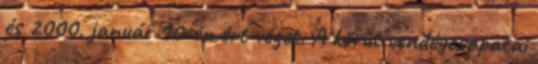
és 2000. január 10-én ért véget. A körút vendégcsapatai